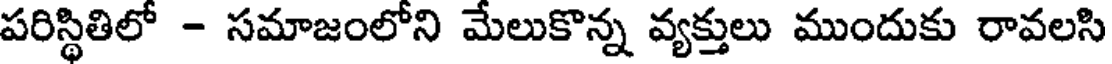
పరిస్థితిలో - సమాజంలోని మేలుకొన్న వ్యక్తులు ముందుకు రావలసి